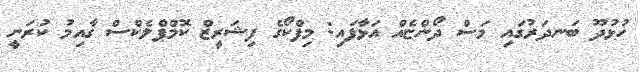
ހުޅުދޫ ބަނދަރުގައި މަސް ދޯންޏެއް އަޅާފައި: މިފްކޯގެ ފިޝަރީޒް ކޮމްޕްލެކްސް ގާއިމު ކުރަނީ